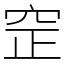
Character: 䆙